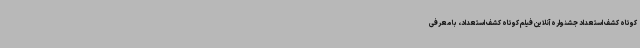
کوتاه کشف استعداد جشنواره آنلاین فیلم کوتاه کشف استعداد، با معرفی